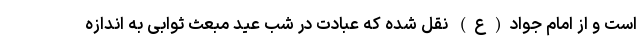
است و از امام جواد(ع) نقل شده که عبادت در شب عید مبعث ثوابی به اندازه